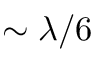
\sim \lambda / 6